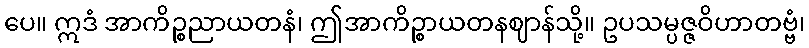
ပေ။ ဣဒံ အာကိဉ္စညာယတနံ၊ ဤအာကိဉ္စာယတနဈာန်သို့။ ဥပသမ္ပဇ္ဇဝိဟာတဗ္ဗံ၊